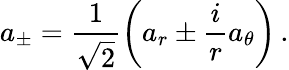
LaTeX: a_{\pm}=\frac{1}{\sqrt 2}\left(a_{r}\pm\frac{i}{r}a_{\theta}\right)\, .